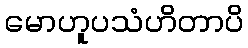
မောဟူပသံဟိတာပိ